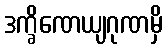
ဒက္ခိဏေယျဂုဏမှိ